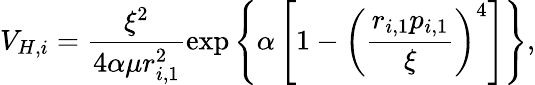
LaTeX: V_{H,i}=\frac{\xi^{2}}{4\alpha\mu r_{i,1}^{2}}\exp\left\{ \alpha\left[1-\left(\frac{r_{i,1}p_{i,1}}{\xi}\right)^{4}\right]\right\} ,